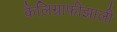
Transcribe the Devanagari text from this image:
कैलिग्राफीझाली